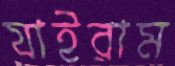
যাইরাম